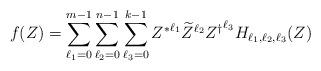
LaTeX: \begin{align*}f(Z)=\sum\limits_{\ell_{1}=0}^{m-1}\sum\limits_{ \ell_{2}=0}^{n-1}\sum\limits_{\ell_{3}=0}^{k-1} {Z^{\ast}}^{\ell_{1}}\widetilde{Z}^{\ell_{2}}{Z^{\dagger} }^{\ell_{3}}H_{\ell_{1},\ell_{2},\ell_{3}}(Z) \end{align*}